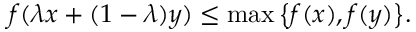
f ( \lambda x + ( 1 - \lambda ) y ) \leq \operatorname* { m a x } { \big \{ } f ( x ) , f ( y ) { \big \} } .